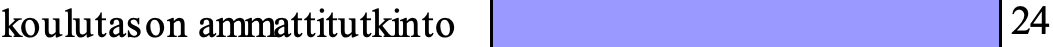
koulutason ammattitutkinto       24